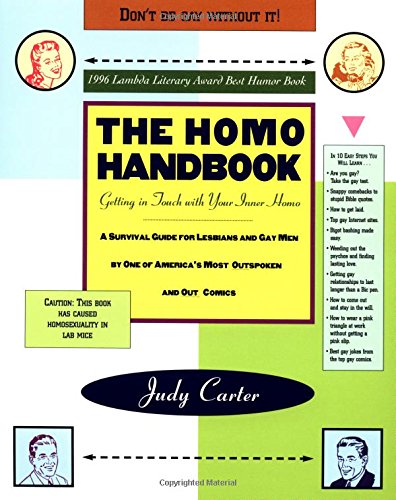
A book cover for The Homo Handbook: Getting in Touch with Your Inner Homo: A Survival Guide for Lesbians and Gay Men (1996 Lambda Literary Award Best Humor Book); Judy Carter; Gay & Lesbian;